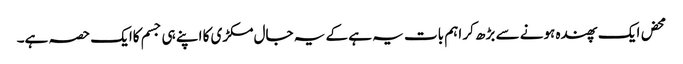
محض ایک پھندہ ہونے سے بڑھ کر اہم بات یہ ہے کے یہ جال مکڑی کا اپنے ہی جسم کاایک حصہ ہے۔